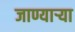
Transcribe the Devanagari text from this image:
जाण्यार्‍या